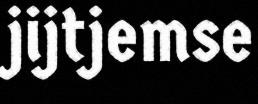
jijtjemse